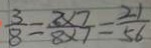
\frac { 3 } { 8 } = \frac { 3 \times 7 } { 8 \times 7 } = \frac { 2 1 } { 5 6 }